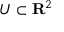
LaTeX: U \subset \mathbf { R } ^ { 2 }